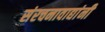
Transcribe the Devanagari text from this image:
संरचनावाद्यांनी